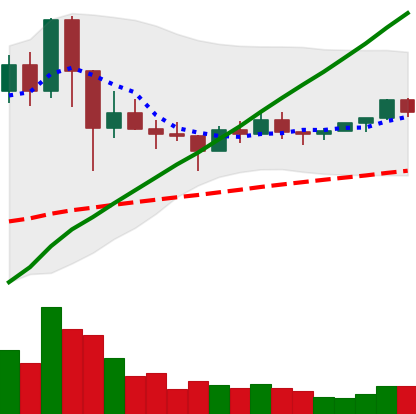
Ticker: NEO-USD
Chart end date: 2021-03-10
Forward return: -5.207%
Label: down_5_7